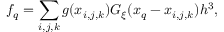
f _ { q } = \sum _ { i , j , k } g ( \boldsymbol x _ { i , j , k } ) G _ { \xi } ( \boldsymbol x _ { q } - \boldsymbol x _ { i , j , k } ) h ^ { 3 } ,